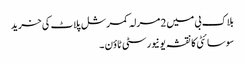
بلاک بی میں 2 مرلہ کمرشل پلاٹ کی خرید
سوسائٹی کا نقشہ یونیورسٹی ٹاؤن ۔